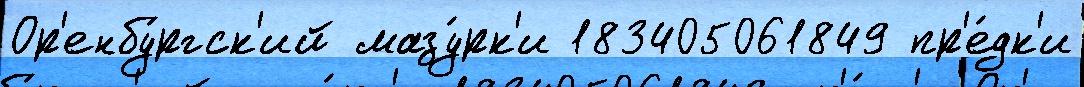
Ор'енбу́ргск'ий мазу́рк'и 183405061849 пр'е́дк'и